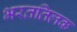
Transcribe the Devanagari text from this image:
भरततिलक